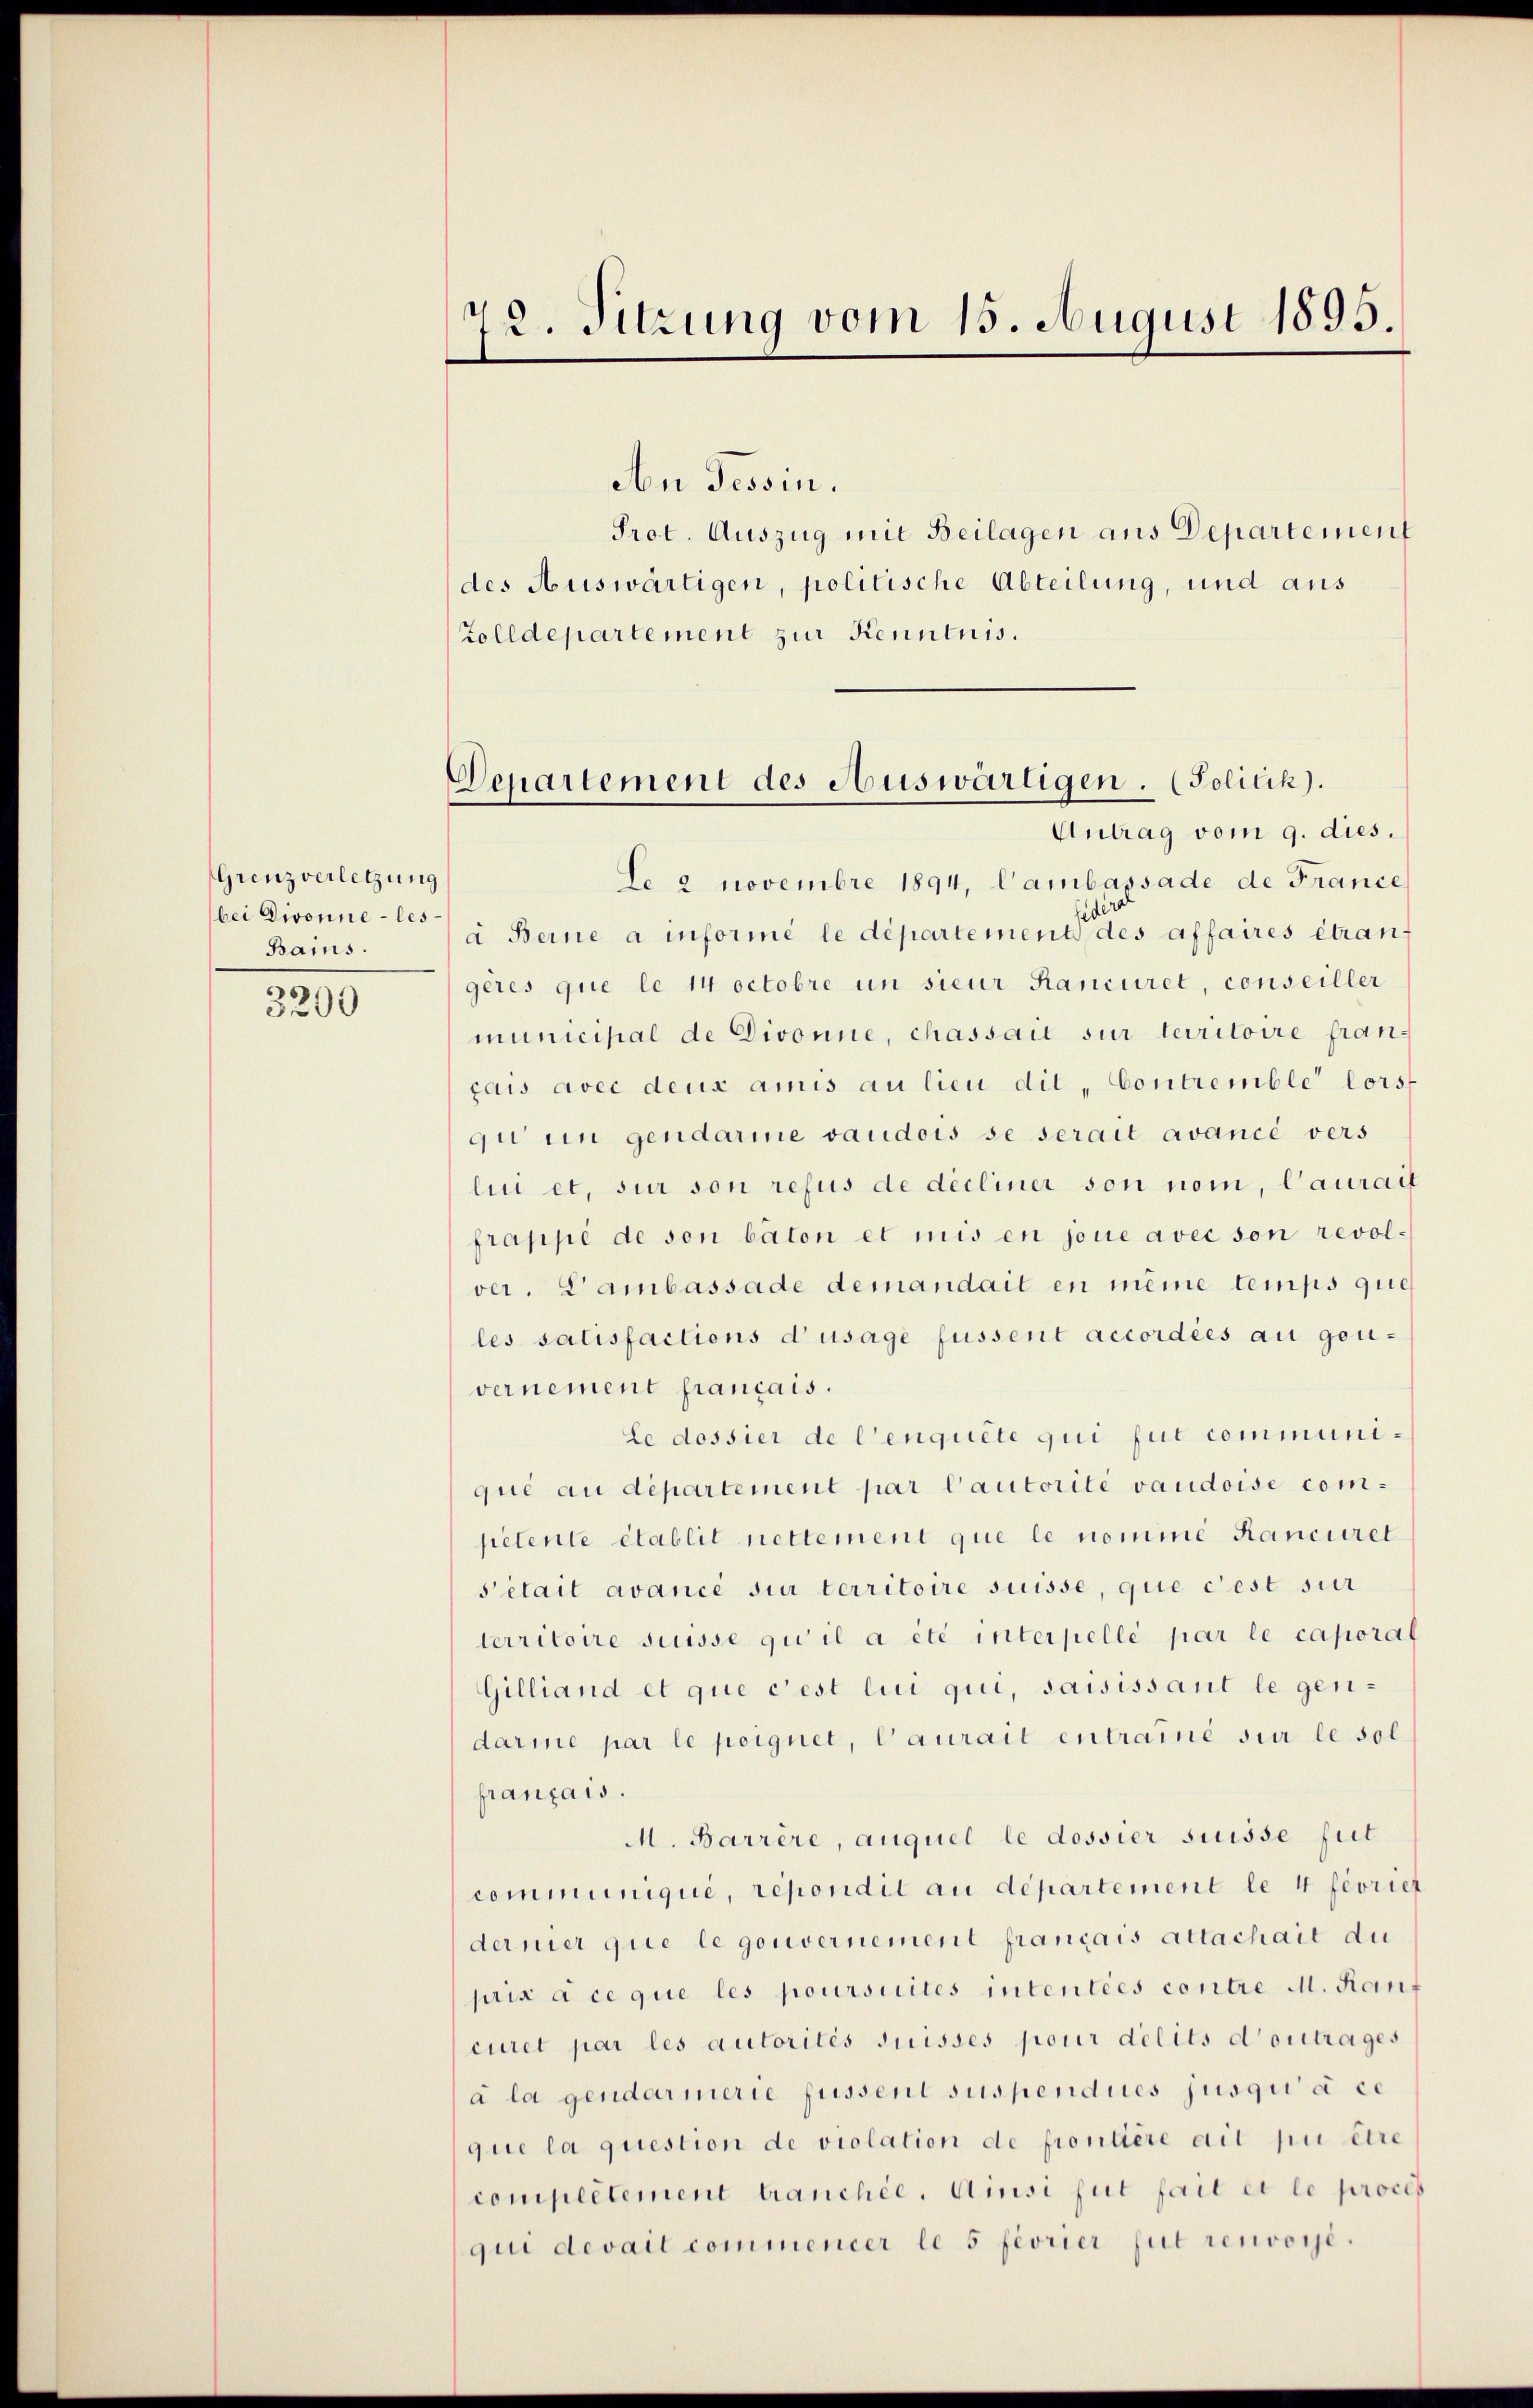
Grenzverletzung
bei Divonne-les-
Bams.
3200

72. Sitzung vom 15. August 1895.

Departement des Auswärtigen. (Politik).
Antrag vom 9. dies.

Aen Tessin.
Prot. Auszug mit Beilagen aus Departement
des Auswärtigen, politische Abteilung, und aus
Zolldepartement zur Kenntnis.
Le 2 Novembre 1894, Cambassade de France
a Berne a informe le département des affaires étran
gères que le 14 Octobre un sieur Kanciret, conseiller
municipal de Divonne, chassait sur territoire francais avec deux amis au lieu die „Contremble lors
gi in gendarme vaudois se serait avance vers
lui et, sur son refus de decliner son nom, Caurait
frappe de son baton et mis en jene avec son revolver, Lambassade demandait en meine temps que
les satisfactions d’usage fussent accordées au gou-
vernement français.
Le dossier de l’enquête qui fut communiqué au departement par Cautorité vaudoise competente établit nettement que le nomine Kanciret
sétait avance sur territoire suisse, que c’est sur
territoire susse qui il a été interpelle par le caporal
Gilliand et que c’est lui qui, saisissant le gendarme par le poignet, Caurait entraine sur le sol
français.
M. Barrère, auquel le dossier suisse fut
communique, répondil au departement le 4 féorier
dernier que le gouvernement français attachait du
prix à ce que les poursuites intentées contre M. Kan
ciret par les autorités suisses pour délits dontrages
à la gendarmerie fussent suspendues jusqu’à ce
que la question de violation de frontière ait pu être
compertement tranchée. Amsi fut fait et le proces
qui devail commencer le 5 féorier gut renvoyé.